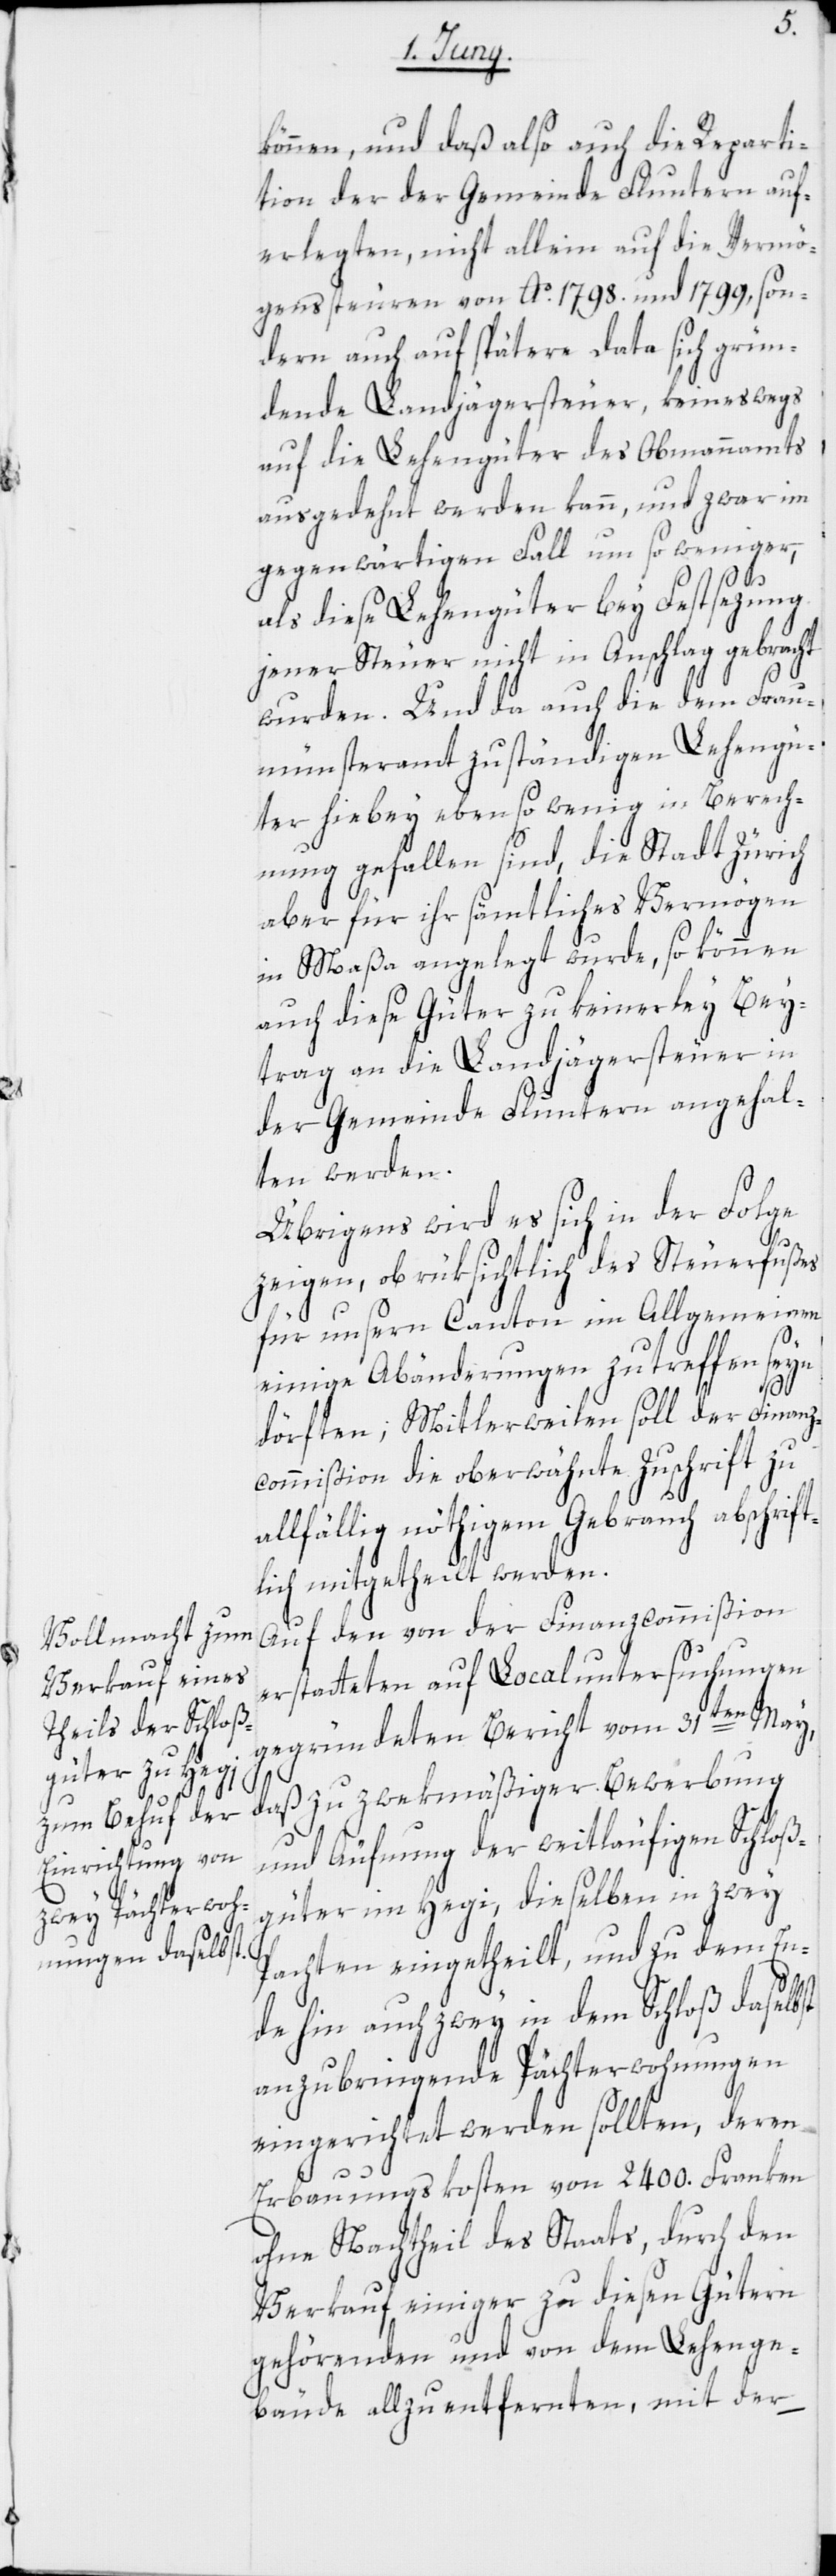
können, und daß also auch die Reparti¬
tion der der Gemeinde Fluntern auf¬
erlegten, nicht allein auf die Vermö¬
genssteuren von Ao. 1798. und 1799, son¬
dern auch auf spätere Data sich grün¬
dende Landjägersteuer, keineswegs
auf die Lehengüter des Obmannamts
ausgedehnt werden kann, und zwar im
gegenwärtigen Fall um so weniger,
als diese Lehengüter bey Festsezung
jener Steuer nicht in Anschlag gebracht
wurden. Und da auch die dem Frau¬
münsteramt zuständigen Lehengü¬
ter hiebey eben so wenig in Berech¬
nung gefallen sind, die Stadt Zürich
aber für ihr sämtliches Vermögen
in Maßa angelegt wurde, so können
auch diese Güter zu keinerley Bey¬
trag an die Landjägersteuer in
der Gemeinde Fluntern angehal¬
ten werden.
Übrigens wird es sich in der Folge
zeigen, ob rüksichtlich des Steuerfußes
für unsern Canton im Allgemeinen
einige Abänderungen zu treffen seyn
dörften; Mitlerweilen soll der Finanz¬
commißion die oberwähnte Zuschrift zu
allfällig nöthigem Gebrauch abschrift¬
lich mitgetheilt werden.
Auf den von der Finanzcommißion
erstatteten auf Localuntersuchungen
gegründeten Bericht vom 31ten May,
daß zu zwekmäßiger Bewerbung
und Äufnung der weitläufigen Schloß¬
güter im Hegi, dieselben in zwey
Pachten eingetheilt, und zu dem En¬
de hin auch zwey in dem Schloß daselbst
anzubringende Pächterwohnungen
eingerichtet werden sollten, deren
Erbauungskosten von 2400. Franken
ohne Nachtheil des Staats, durch den
Verkauf einiger zu diesen Gütern
gehörenden und von dem Lehenge¬
bäude allzu entfernten, mit der